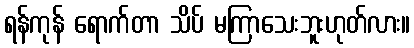
ရန်ကုန် ရောက်တာ သိပ် မကြာသေးဘူးဟုတ်လား။